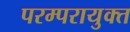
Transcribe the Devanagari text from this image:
परम्परायुक्त